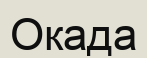
Окада